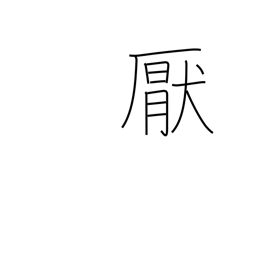
Meaning: satiate